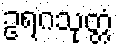
ဥရဂသုတ္တံ